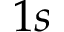
1 s